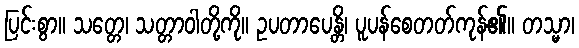
ပြင်းစွာ။ သတ္တေ၊ သတ္တာဝါတို့ကို။ ဥပတာပေန္တိ၊ ပူပန်စေတတ်ကုန်၏။ တသ္မာ၊